King Institute of Preventive Medicine Micro-Biological Section reports 1909-11
Year: 1909
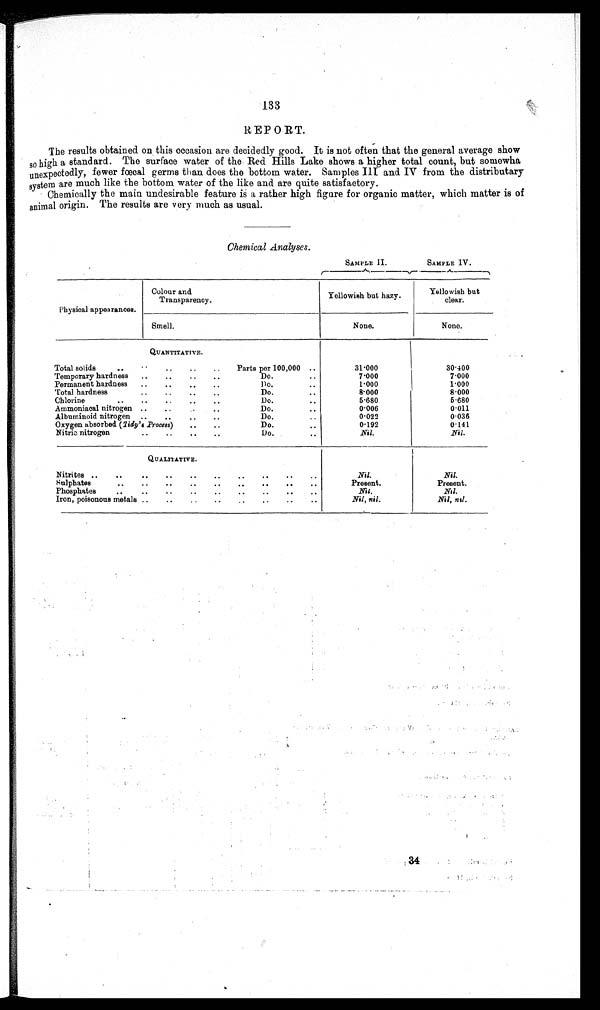
133
REPORT.
The results obtained on this occasion are decidedly good. It is not often that the general average show
so high a standard. The surface water of the Red Hills Lake shows a higher total count, but somewha
u n e x p e c t e d l y , f e we r f œc a l g e r ms t h a n d o e s t h e b o t t o m wa t e r . S a mp l e s I I I
a n d I V f r o m t h e d i s t r i b u t a r y
system are much like the bottom water of the like and are quite satisfactory.
Chemically the main undesirable feature is a rather high figure for organic matter, which matter is of
animal origin. The results are very much as usual.
Chemical Analyses.
SAMPLE II.
SAMPLE IV.
Physical appearances.
Colour and
Transparency.
Yellowish but hazy. Yellowish but
clear.
Smell.
None.
None.
QUANTITATIVE.
Total solids ..
.. .. .. Parts per 100,000 ..
31.000
30.400
Temporary hardness .. .. .. ..
Do... 7.000
7.000
Permanent hardness .. .. .. ..
Do...
1. 000
1.000
Total hardness
.. .. .. ..
Do.
..
8.000
8.000
Chlorine
.. .. .. .. ..
Do.
5. 680
5. 680
Ammoniacal nitrogen .. ..
..
Do... 0.006
0. 011
Albuminoid nitrogen.. .. .. ..
Do.
..
0.022
0.036
Oxygen absorbed (Tidy's Process) .. ..
Do.... 0.192
0. 141
Nitrie nitrogen. ..
Do.
• •
Nil.
Nil.
QUALITATIVE.
.
Nitrites .. .. .. .. .. .. .. .. .. ..
Nil.
Nil.
Sulphates .. .. .. .. .. .. .. .. ..
Present.
Present.
Phosphates .• .. .. .. .. .. .. .. ..
Nil.
Nil.
Iron, poisonous metals • . .. .. .. .. • . .. ..
Nil, nil.
Nil, nil.
34